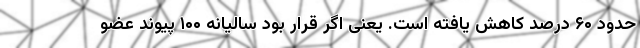
حدود ۶۰ درصد کاهش یافته است. یعنی اگر قرار بود سالیانه ۱۰۰ پیوند عضو